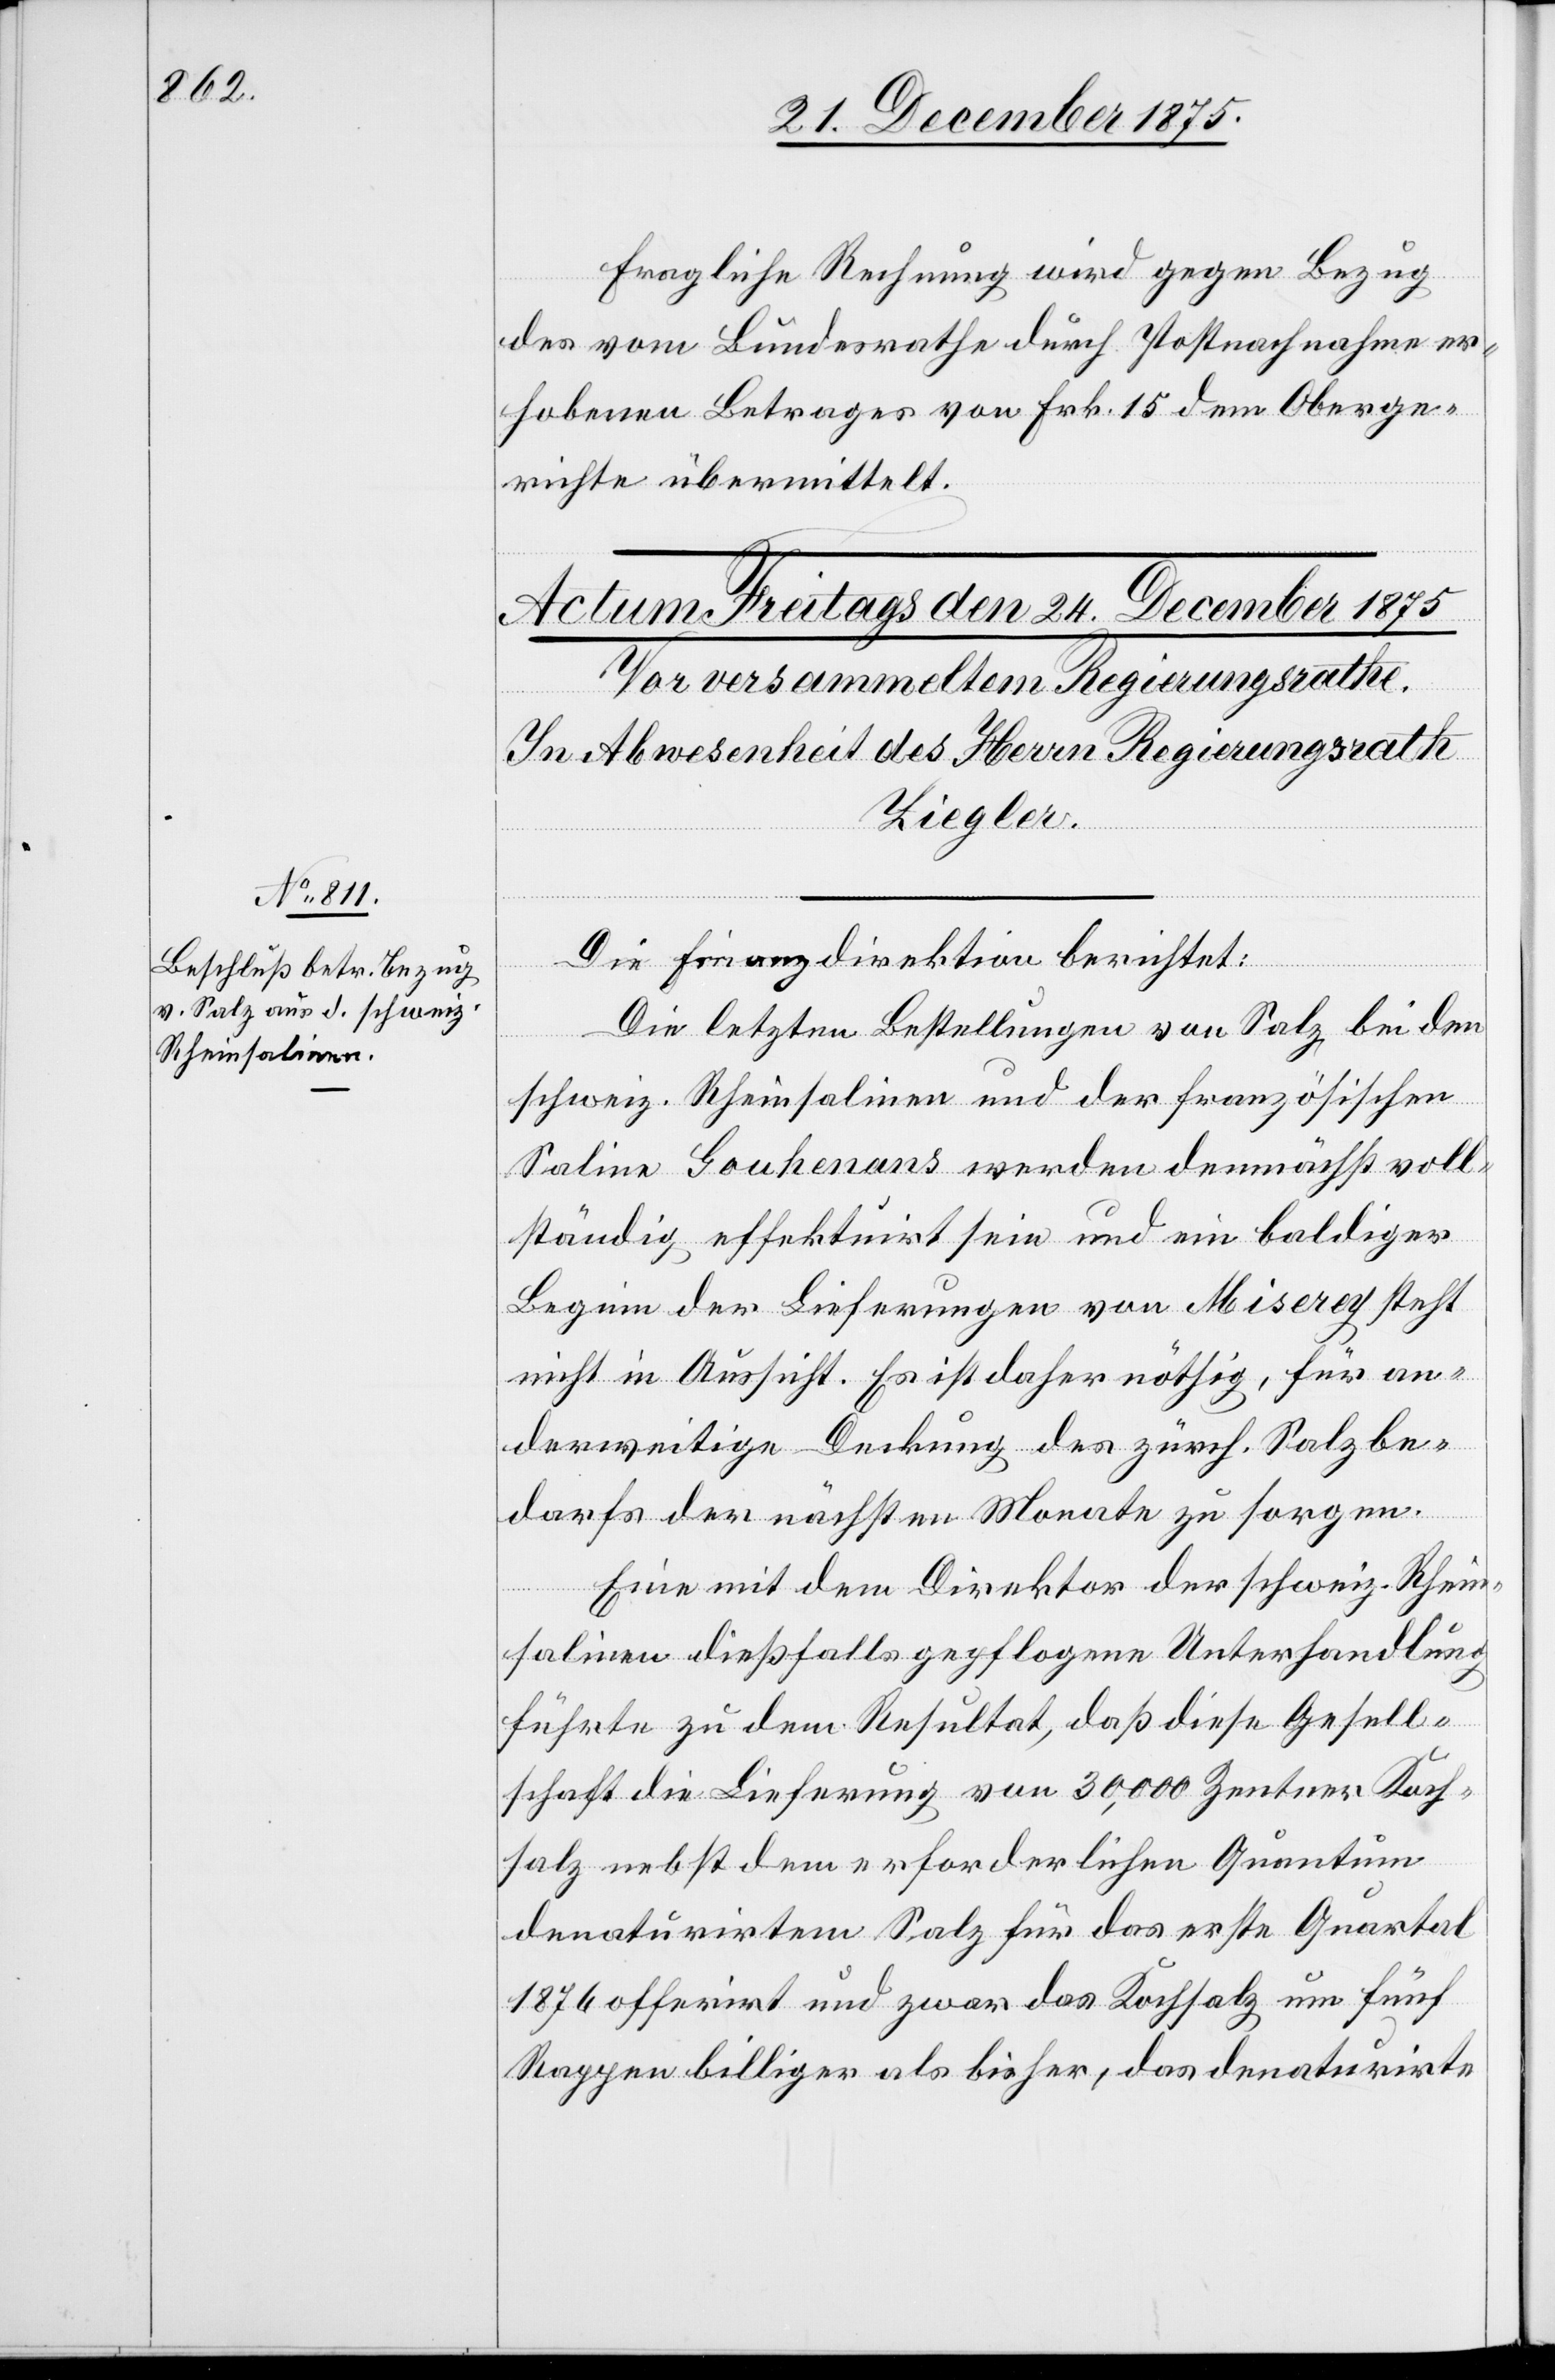
Fragliche Rechnung wird gegen Bezug
des vom Bundesrathe durch Postnachnahme er¬
hobenen Betrages von Frk. 15 dem Oberge¬
richte übermittelt.
Die Finanzdirektion berichtet:
Die letzten Bestellungen von Salz bei den
schweiz. Rheinsalinen und der französischen
Saline Gouhenans werden demnächst voll¬
ständig effektuirt sein und ein baldiger
Beginn der Lieferungen von Miserey steht
nicht in Aussicht. Es ist daher nöthig, für an¬
derweitige Deckung des zürch. Salzbe¬
darfs der nächsten Monate zu sorgen.
Eine mit dem Direktor der schweiz. Rhein¬
salinen dießfalls gepflogene Unterhandlung
führte zu dem Resultat, daß diese Gesell¬
schaft die Lieferung von 30,000 Zentner Koch¬
salz nebst dem erforderlichen Quantum
denaturirtem Salz für das erste Quartal
1876 offerirt und zwar das Kochsalz um fünf
Rappen billiger als bisher, das denaturirte